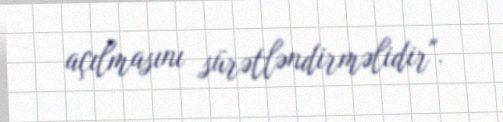
açılmasını sürətləndirməlidir".